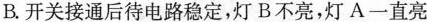
B开关接通后待电路稳定，灯B不亮，灯A-直亮